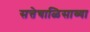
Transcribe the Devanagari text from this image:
सत्तेचाळिसाव्या